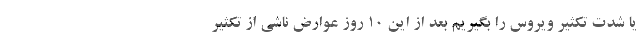
یا شدت تکثیر ویروس را بگیریم بعد از این ۱۰ روز عوارض ناشی از تکثیر